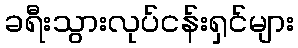
ခရီးသွားလုပ်ငန်းရှင်များ